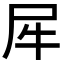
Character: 𰠨